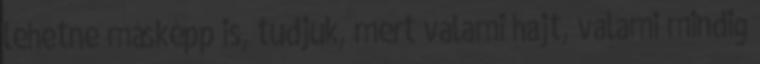
lehetne másképp is, tudjuk, mert valami hajt, valami mindig